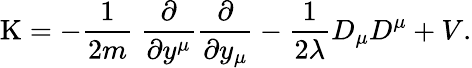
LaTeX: \mathrm{K}=-\frac{1}{2m}\ \frac{\partial}{\partial y^{\mu}}\frac{\partial}{\partial y_{\mu}}-\frac{1}{2\lambda}D_{\mu}D^{\mu}+V.